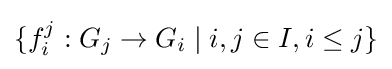
\{f_{i}^{j}:G_{j}\to G_{i}\mid i,j\in I,i\leq j\}